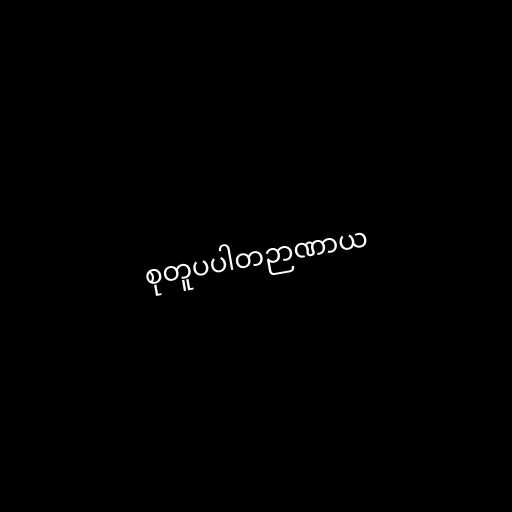
စုတူပပါတဉာဏာယ